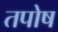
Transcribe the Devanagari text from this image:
तपोष